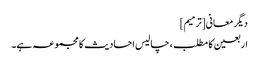
دیگر معانی[ترمیم]
اربعین کا مطلب، چالیس احادیث کا مجموعہ ہے۔